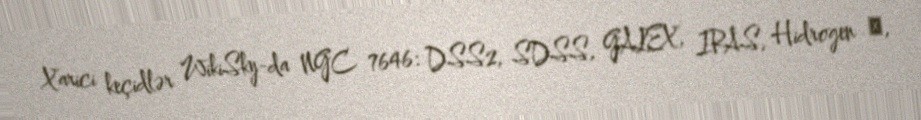
Xarici keçidlər WikiSky-da NGC 7646: DSS2, SDSS, GALEX, IRAS, Hidrogen α,